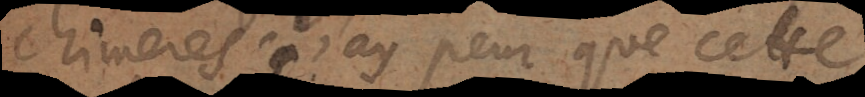
chimeres. J’ay peur que cette